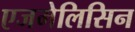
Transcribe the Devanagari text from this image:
एजमेलिसिन